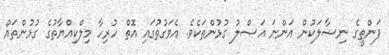
ފަންތީގެ ނިޟާލަކުން އަންނަ އަޞްލު ގުޅުންތަކެވެ. އެވަގުތުގައި އޮތް ހުރިހާ މިލްކިއްޔާތުގެ ގުޅުންތައް